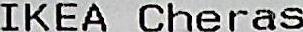
IKEA CHERAS